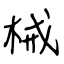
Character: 械